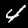
Digit: 4